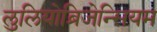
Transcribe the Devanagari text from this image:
लुलियोब्रिजेन्सियम